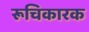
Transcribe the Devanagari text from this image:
रूचिकारक